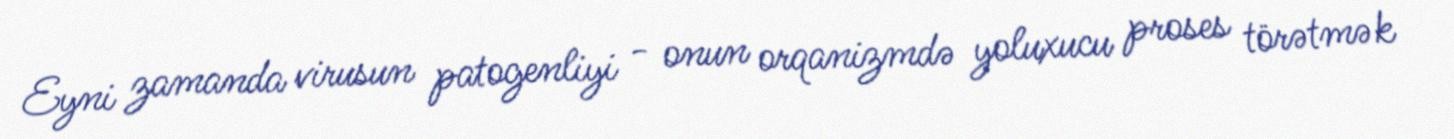
Eyni zamanda virusun patogenliyi - onun orqanizmdə yoluxucu proses törətmək